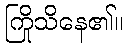
ကြိုသိနေ၏။